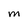
Character: M